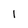
Character: 1